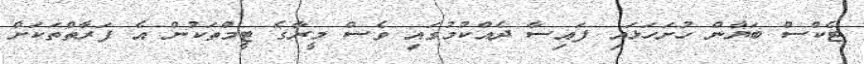
ޓެކްސް ބަޔާން ހުށަހަޅައި ފައިސާ ދެއްކުމުގައި ވެސް މީރާގެ ޓީމްތަކުން އެ ފަރާތްތަކަށް